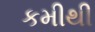
કમીથી